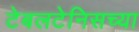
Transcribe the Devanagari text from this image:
टेबलटेनिसच्या